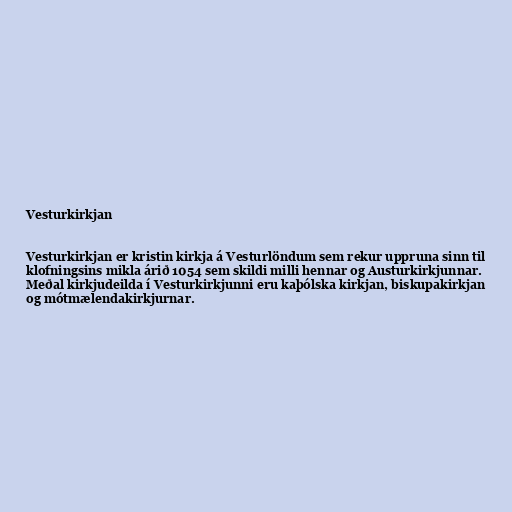
Vesturkirkjan

Vesturkirkjan er kristin kirkja á Vesturlöndum sem rekur uppruna sinn til
klofningsins mikla árið 1054 sem skildi milli hennar og Austurkirkjunnar.
Meðal kirkjudeilda í Vesturkirkjunni eru kaþólska kirkjan, biskupakirkjan
og mótmælendakirkjurnar.